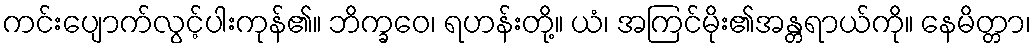
ကင်းပျောက်လွင့်ပါးကုန်၏။ ဘိက္ခဝေ၊ ရဟန်းတို့။ ယံ၊ အကြင်မိုး၏အန္တရာယ်ကို။ နေမိတ္တာ၊